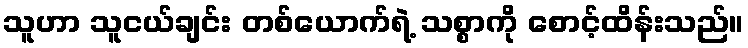
သူဟာ သူငယ်ချင်း တစ်ယောက်ရဲ့ သစ္စာကို စောင့်ထိန်းသည်။